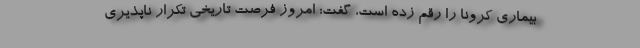
بیماری کرونا را رقم زده است، گفت: امروز فرصت تاریخی تکرار ناپذیری